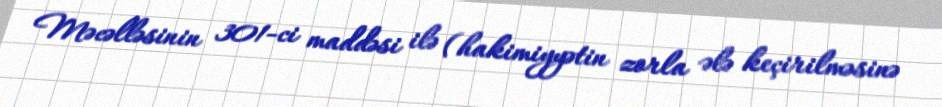
Məcəlləsinin 301-ci maddəsi ilə (hakimiyyətin zorla ələ keçirilməsinə